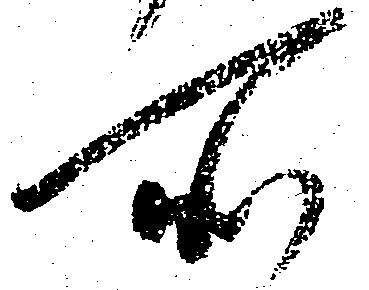
所